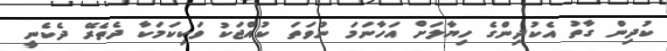
ކުދިން ގާތު އެކުދިންގެ ހިޔާލަށް އަހާނަމަ ނުވަތަ ކުއްޖަކު ވަކިކަމަކާ ދެތެރޭ ދެކެނީ